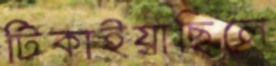
টিকাইয়াছিলে